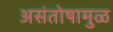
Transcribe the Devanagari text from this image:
असंतोषामुळ